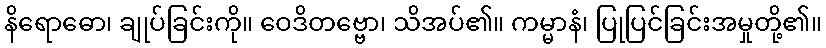
နိရောဓော၊ ချုပ်ခြင်းကို။ ဝေဒိတဗ္ဗော၊ သိအပ်၏။ ကမ္မာနံ၊ ပြုပြင်ခြင်းအမှုတို့၏။